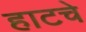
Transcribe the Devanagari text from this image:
हाटचे